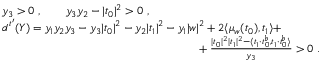
\begin{array} { r l } & { y _ { 3 } > 0 \ , \qquad y _ { 3 } y _ { 2 } - | t _ { 0 } | ^ { 2 } > 0 \ , } \\ & { d ^ { t ^ { \prime } } ( Y ) = y _ { 1 } y _ { 2 } y _ { 3 } - y _ { 3 } | t _ { 0 } | ^ { 2 } - y _ { 2 } | t _ { 1 } | ^ { 2 } - y _ { 1 } | w | ^ { 2 } + 2 \langle \mu _ { w } ( t _ { 0 } ) , t _ { 1 } \rangle + } \\ & { \phantom { a a a a a a a a a a a a a a a a a a a a a a a a a a a a a a a a a a a a a a a } + \frac { | t _ { 0 } | ^ { 2 } | t _ { 1 } | ^ { 2 } - \langle t _ { 1 } { \boldsymbol { \cdot } } t _ { 0 } ^ { \flat } , t _ { 1 } { \boldsymbol { \cdot } } t _ { 0 } ^ { \flat } \rangle } { y _ { 3 } } > 0 \ . } \end{array}